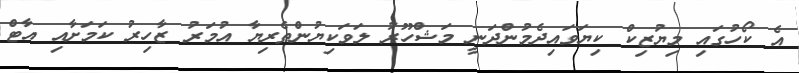
އެ ކޯހުގައި މިޔުޒިކް ކިޔަވައިދެމުންދަނީ މަޝްހޫރު ލަވަކިޔުންތެރިޔާ އުމަރު ޒާހިރު ކަމަށާއި އާޓް